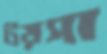
টয়সা